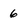
Character: 6